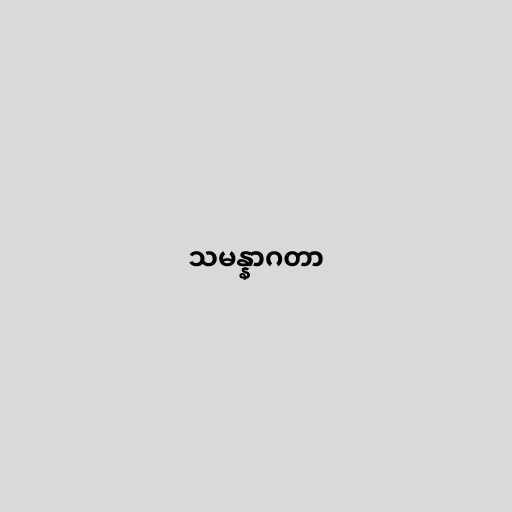
သမန္နာဂတာ